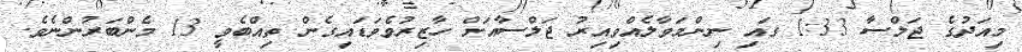
މިއަދުގެ ޖަލްސާ 1:33 ގައި ނިންމަވާލެއްވިއިރު ޖަލްސާއަށް ހާޒިރުވެވަޑައިގެން ތިއްބެވީ 13 މެންބަރުންނެވެ.